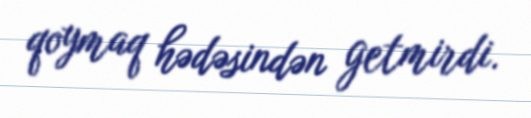
qoymaq hədəsindən getmirdi.